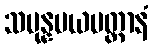
သမုန္နမယမတ္တာနံ